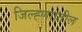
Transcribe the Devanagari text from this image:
जिल्ह्णाातील